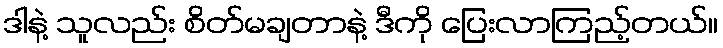
ဒါနဲ့ သူလည်း စိတ်မချတာနဲ့ ဒီကို ပြေးလာကြည့်တယ်။